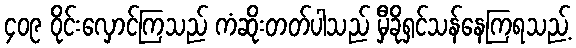
၄၀၉ ဝိုင်းလှောင်ကြသည် ကံဆိုးတတ်ပါသည် မှီခိုရှင်သန်နေကြရသည့်